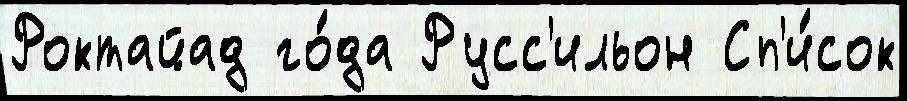
Роктайад го́да Русс'ильон Сп'и́сок